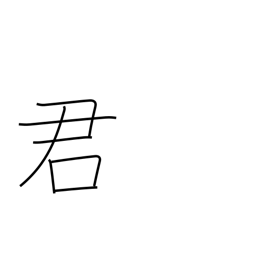
Meaning: male name suffix